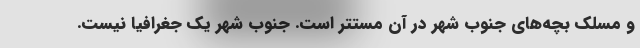
و مسلک بچه‌های جنوب شهر در آن مستتر است. جنوب شهر یک جغرافیا نیست.